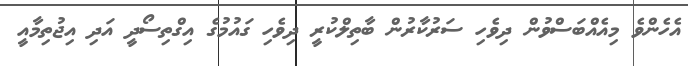
އެހެންވެ މިއެއްބަސްވުން ދިވެހި ސަރުކާރުން ބާތިލްކުރީ ދިވެހި ގައުމުގެ އިގްތިސޯދީ އަދި އިޖުތިމާއީ